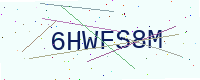
Text: 6HWFS8M